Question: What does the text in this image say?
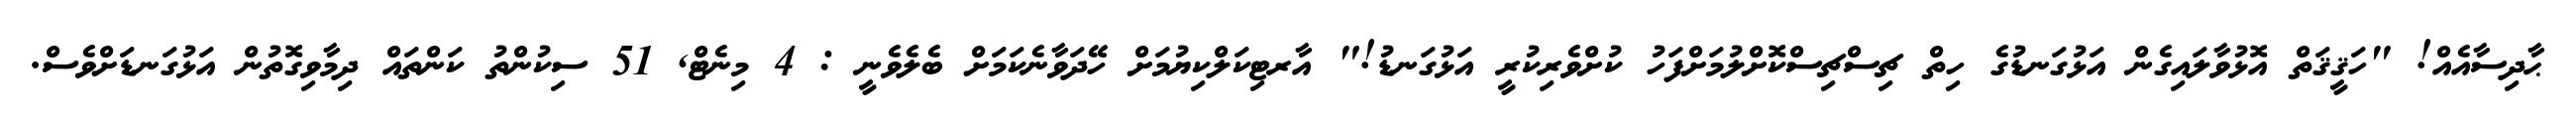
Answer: ޙާދިސާއެއް! "ހަޤީޤަތް އޮޅުވާލައިގެން އަޅުގަނޑުގެ ހިތް ޗިސްޗިސްކޮށްލުމަށްފަހު ކުށްވެރިކުރީ އަޅުގަނޑު!" އާރޓިކަލްކިޔުމަށް ހޭދަވާނެކަމަށް ބެލެވެނީ : 4 މިނެޓް, 51 ސިކުންތު ކަންތައް ދިމާވިގޮތުން އަޅުގަނޑަށްވެސް.